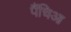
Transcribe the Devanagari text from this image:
पैंचिआ